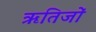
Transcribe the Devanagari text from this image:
ऋतिजों